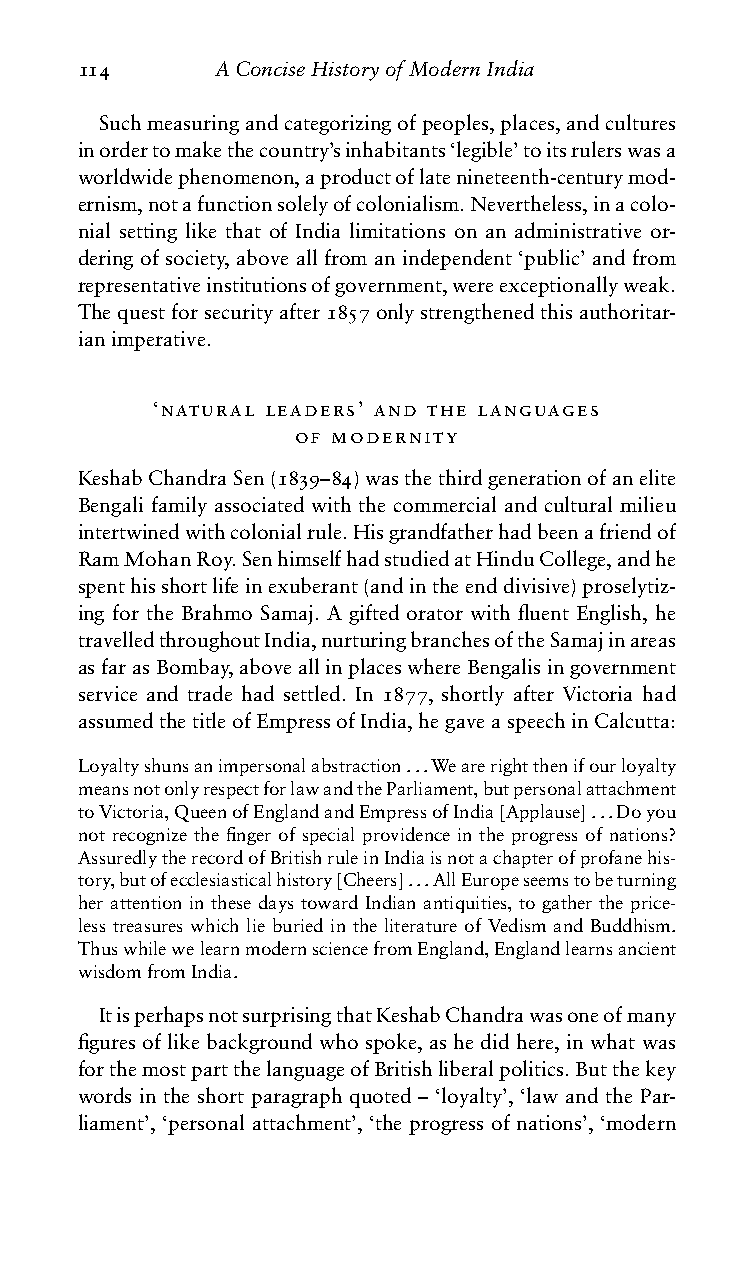
114      AConciseHistoryofModernIndia
 Suchmeasuringandcategorizingofpeoples,places,andcultures
 inordertomakethecountry’sinhabitants‘legible’toitsrulerswasa
 worldwidephenomenon,aproductoflatenineteenth-centurymod-
 ernism,notafunctionsolelyofcolonialism.Nevertheless,inacolo-
 nial setting like that of India limitations on an administrative or-
 dering of society, above all from an independent ‘public’ and from
 representativeinstitutionsofgovernment,wereexceptionallyweak.
 Thequestforsecurityafter1857onlystrengthenedthisauthoritar-
 ianimperative.
 ‘natural leaders’ and the languages
 of modernity
 KeshabChandraSen(1839–84)wasthethirdgenerationofanelite
 Bengali family associated with the commercial and cultural milieu
 intertwinedwithcolonialrule.Hisgrandfatherhadbeenafriendof
 RamMohanRoy.SenhimselfhadstudiedatHinduCollege,andhe
 spenthisshortlifeinexuberant(andintheenddivisive)proselytiz-
 ing for the Brahmo Samaj. A gifted orator with fluent English, he
 travelledthroughoutIndia,nurturingbranchesoftheSamajinareas
 asfarasBombay,aboveallinplaceswhereBengalisingovernment
 service and trade had settled. In 1877, shortly after Victoria had
 assumedthetitleofEmpressofIndia,hegaveaspeechinCalcutta:
 Loyaltyshunsanimpersonalabstraction...Wearerightthenifourloyalty
 meansnotonlyrespectforlawandtheParliament,butpersonalattachment
 toVictoria,QueenofEnglandandEmpressofIndia[Applause]...Doyou
 not recognize the finger of special providence in the progress of nations?
 AssuredlytherecordofBritishruleinIndiaisnotachapterofprofanehis-
 tory,butofecclesiasticalhistory[Cheers]...AllEuropeseemstobeturning
 her attention in these days toward Indian antiquities, to gather the price-
 less treasures which lie buried in the literature of Vedism and Buddhism.
 ThuswhilewelearnmodernsciencefromEngland,Englandlearnsancient
 wisdomfromIndia.
 ItisperhapsnotsurprisingthatKeshabChandrawasoneofmany
 figures of like background who spoke, as he did here, in what was
 forthemostpartthelanguageofBritishliberalpolitics.Butthekey
 words in the short paragraph quoted – ‘loyalty’, ‘law and the Par-
 liament’, ‘personal attachment’, ‘the progress of nations’, ‘modern